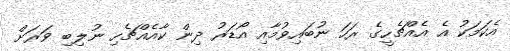
އެކަމަކު އެ އެއްޗެހީގެ ރަހަ ނުބައިވުމާއި އޯޑަރު ދިން ކާއެއްޗެހި ނުލިބި ވަރަށް